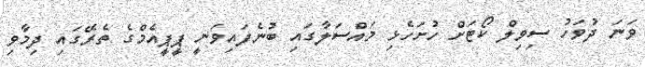
ވަނަ ދުވަހު ސިވިލް ކޯޓަށް ހުށަހެޅި މައްސަލާގައި ބުނެފައިވަނީ ޕީޕީއެމްގެ ތެރޭގައި ދިމާވި